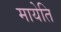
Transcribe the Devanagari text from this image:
मायेति